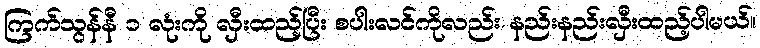
ကြက်သွန်နီ ၁ လုံးကို လှီးထည့်ပြီး စပါးလင်ကိုလည်း နည်းနည်းလှီးထည့်ပါမယ်။